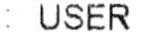
: USER